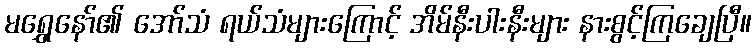
မရွှေနော်၏ အော်သံ ရယ်သံများကြောင့် အိမ်နီးပါးနီးများ နားစွင့်ကြချေပြီ။